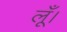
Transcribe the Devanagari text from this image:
लूँ।